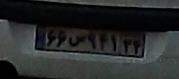
۶۶ص۹۴۱۳۴